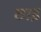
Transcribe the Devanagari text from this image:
छाइ